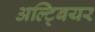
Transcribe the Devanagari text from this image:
अल्ट्बियर